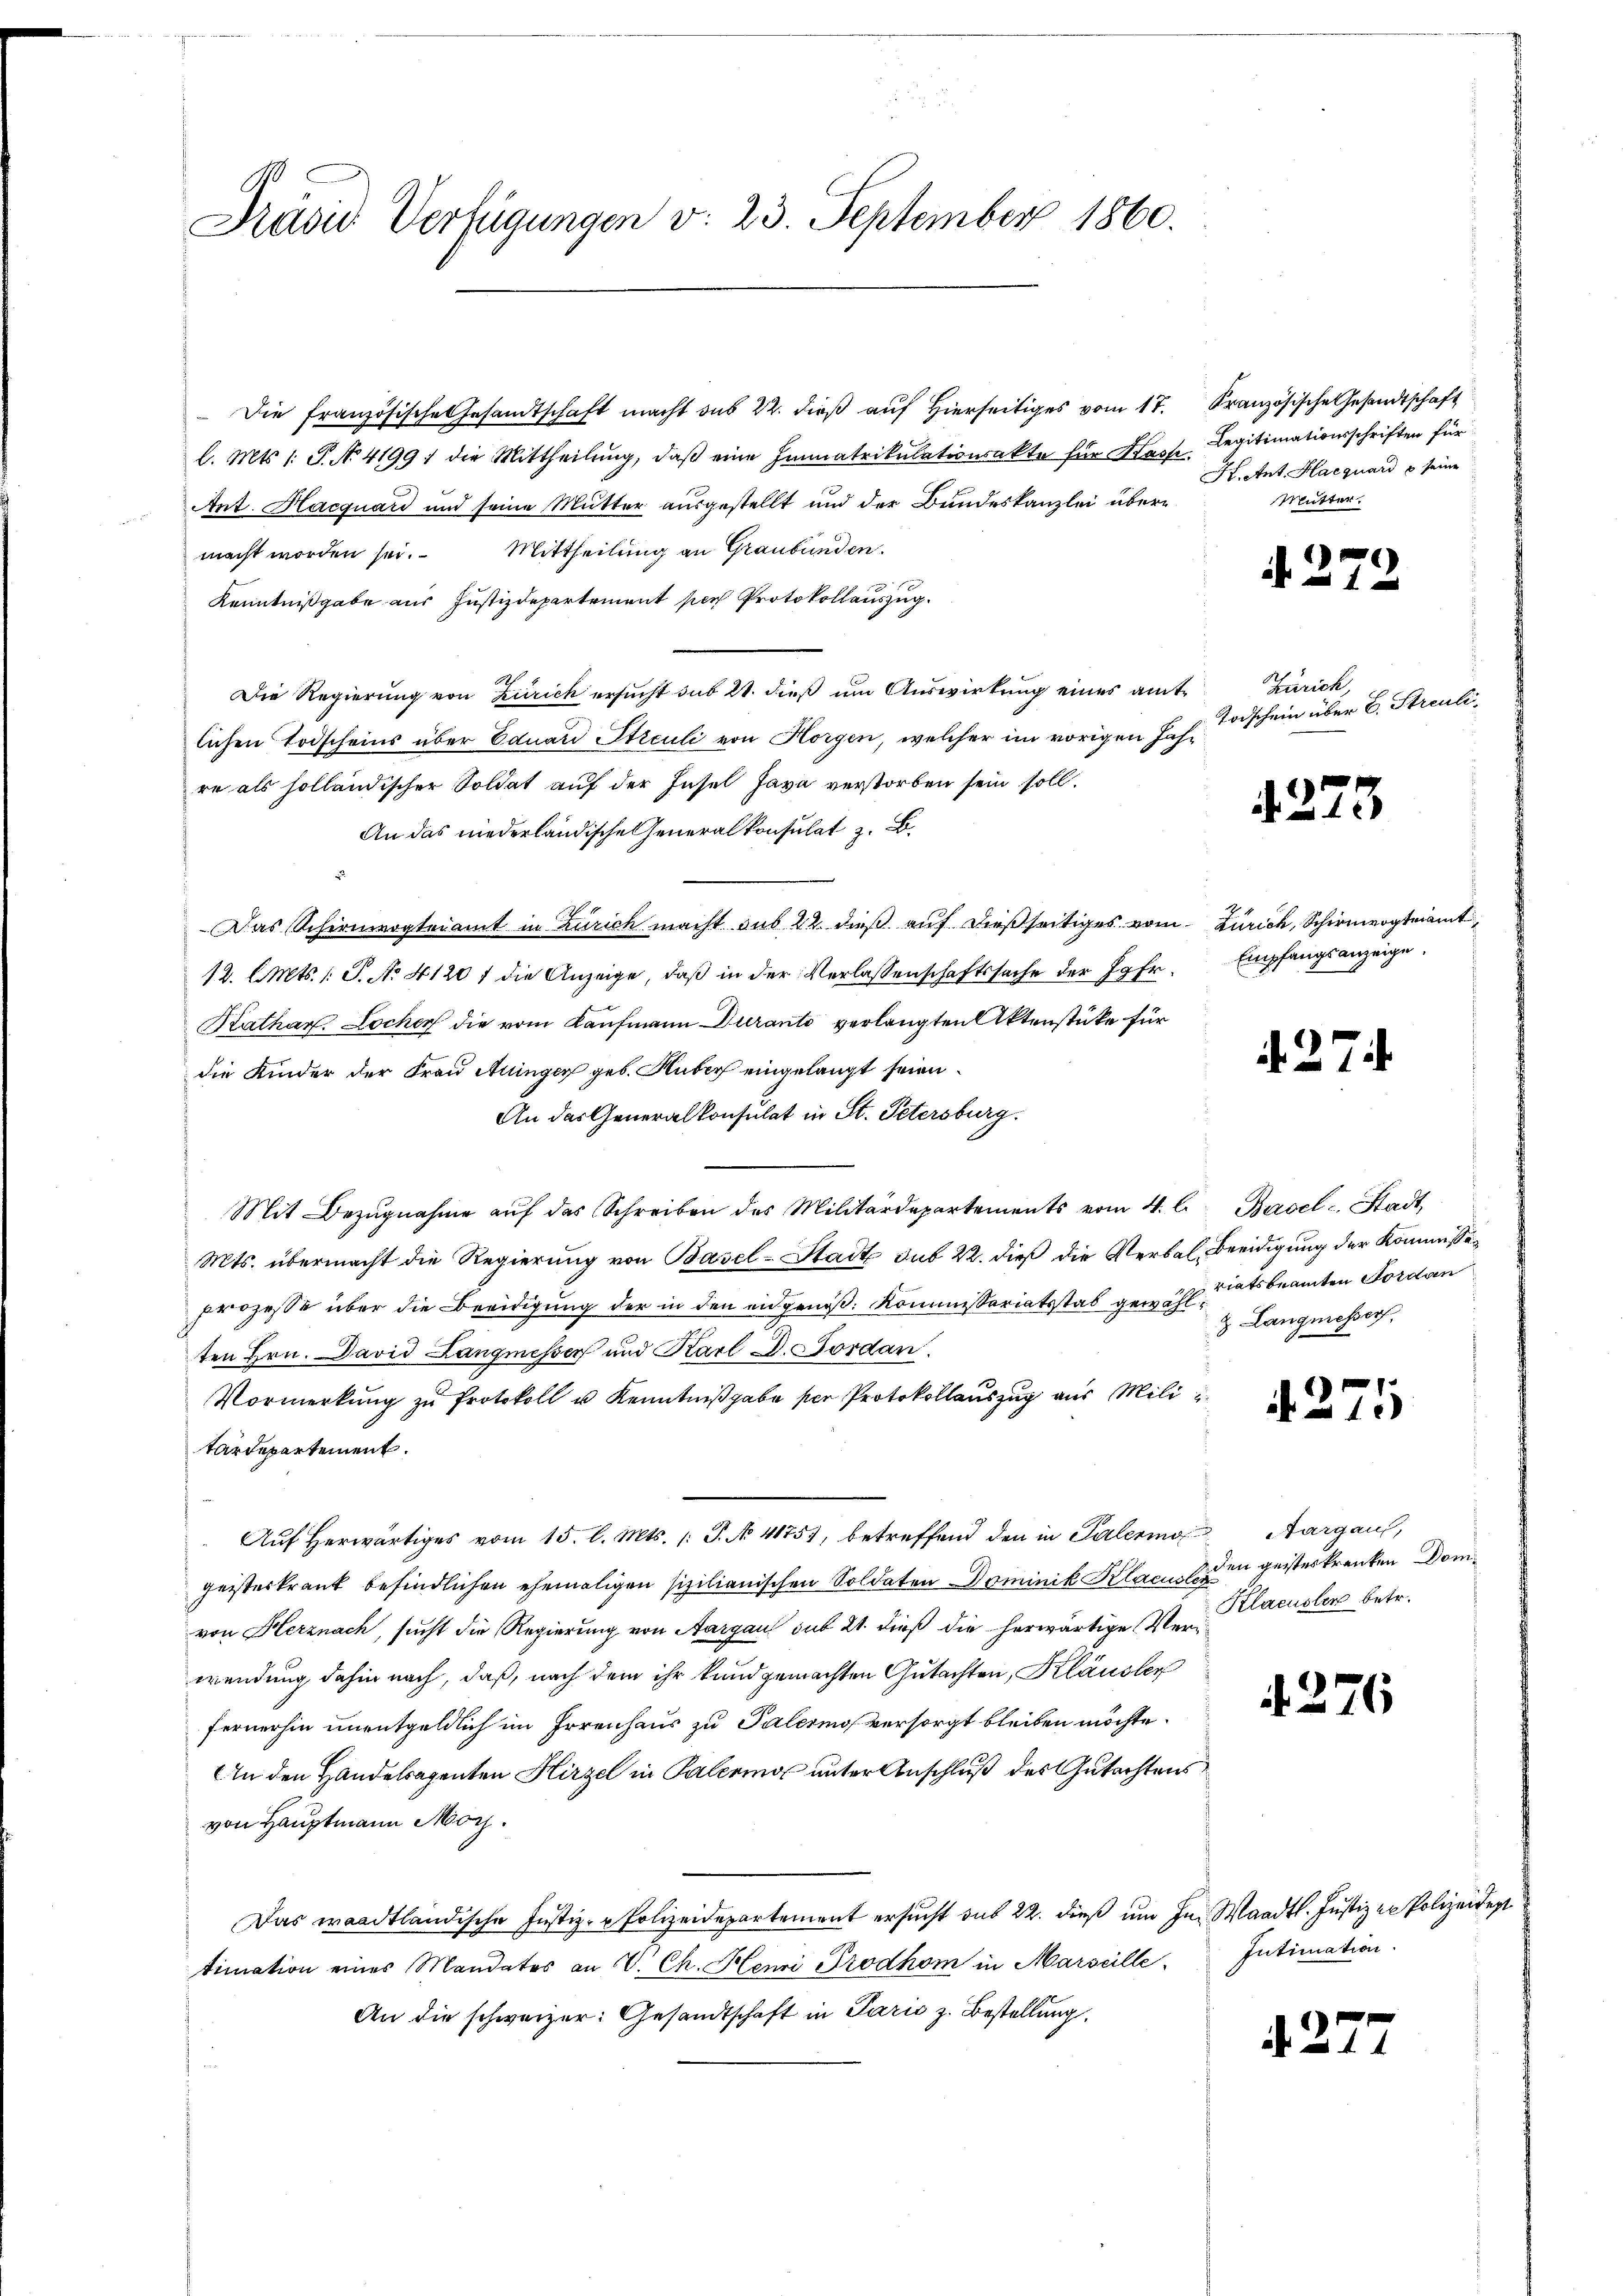
Präsid Verfügungen v. 23. September 1860.

Die französische Gesandtschaft macht das 22. dieβ aŭf hierseitiges vom 17. Französische Gesandtschaft
l. Mts. 1. P. No 41991 die Mittheilŭng, daβ eine Immatrikulationsakte für Kass-Legitimationsschriften für
Ant. Hacquard und seine Mutter ausgestellt und der Bundeskanzlei über¬
Mittheilung an Graubünden.
macht worden sei.
1
Kenntnißgabe aus Justizdepartement per Protokollauszug.
Die Regierung von Zürich ersucht sub 21. dieß um Auswirkung eines amtlichen Todscheins über Eduard Sticuli von Horgen, welcher im vorigen Jahre als solländischer Soldat auf der Insel Java verstorben sein soll.
An das niederländische Generalkonsulat z. B.
Das Schirmvogteiamt in Zürich macht sub 22 dieß auf dießseitiges vom Zürich, Schirmvogteiamt
12. l. Mts. 1 S. No. 4120 f die Anzeige, daß in der Verlassenschaftssache der Jgfr.
Kathar. Locher die vom Kaufmann Duranto verlangten Aktenstüke für
die Kinder der Frau Aninger geb. Huber eingelangt seien.
An das Generalkonsulat in St. Petersburg.
Mit Bezŭgnahme aŭf das Schreiben des Militärdepartements vom 4. l. Basel-Stadt
Mts. übermacht die Regierung von Basel-Stadt sub 22. dieß die Verbal Beeidigung der Kommissiprozesse über die Beeidigung der in den eidgenoß: Kommissariatsstab gemahl thatsbeamten Forden
ten Hrn. David Langmesser und Karl D. Forden.
Vormerkung zu Protokoll u Kenntnißgabe per Protokollauszug aus Mili
tärdepartement.
Aŭf herwärtiges vom 15. l. Mts. 1 S. No. 41757, betreffend den in Palerins Aargau,
geisteskrank befindlichen ehemaligen sizilianischen Soldaten Dominik Klace den geisteskranken Domvon Herznach, sucht die Regierung von Aargau sub 21. dieß die herwärtige Verwendung dahin nach, daß, nach dem ihr kundgemachten Gutachten, Kläusler
fernerhin unentgeldlich im Irrenhaus zu Palerino versorgt bleiben möchte.
An den Handelsagenten Hirzel in Palerinos unter Anschluß des Gutachtens
von Hauptmann Morz.
Das waadtländische Justiz- & Polizeidepartement ersucht aus 22. dieß um in Waadt. Justiz in Polizeident
timation eines Mandates an V. Ch. Henri Prodhom in Marseille. Intimation.
An die schweizer: Gesandtschaft in Paris z. Bestellung.

H. Ant. Haequard u seine
Mutter.

)
a in

Zürich,
Todschein über B. Streuli,

.37

Empfangsanzeige.

3

& Langmesser

A. 271

Klaeusler betr.

.

2.

5

s